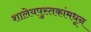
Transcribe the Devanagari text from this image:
शालेयपुस्तकांमधून